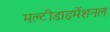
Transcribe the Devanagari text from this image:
मल्टीडाइमेंशनल